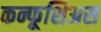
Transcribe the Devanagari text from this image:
कन्फूशिअस